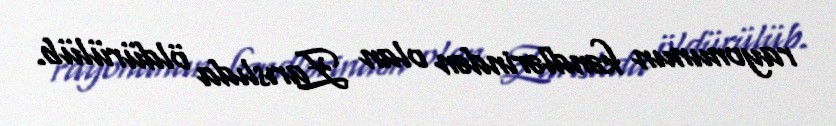
rayonunun kəndlərindən olan Zarıslıda öldürülüb.